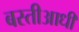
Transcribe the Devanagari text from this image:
बस्तीआधी